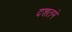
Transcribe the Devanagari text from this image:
दशतमे